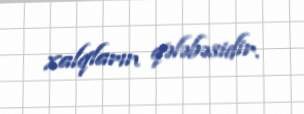
xalqların qələbəsidir.